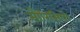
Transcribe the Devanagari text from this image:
मौरिसियो